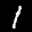
Label: 1